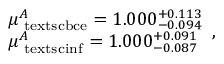
\begin{array} { l l } { \mu _ { \mathrm { \ t e x t s c { b c e } } } ^ { A } = 1 . 0 0 0 _ { - 0 . 0 9 4 } ^ { + 0 . 1 1 3 } } \\ { \mu _ { \mathrm { \ t e x t s c { i n f } } } ^ { A } = 1 . 0 0 0 _ { - 0 . 0 8 7 } ^ { + 0 . 0 9 1 } } \end{array} ,